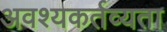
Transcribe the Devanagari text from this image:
अवश्यकर्तव्यता